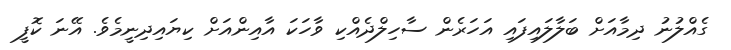
ގެއްލުނު ދިމާއަށް ބަލާލައިފައި އަހަރެން ސާހިލްދެއްކި ވާހަކަ އާއިންއަށް ކިޔައިދިނީމެވެ. އޭނަ ކޮފީ